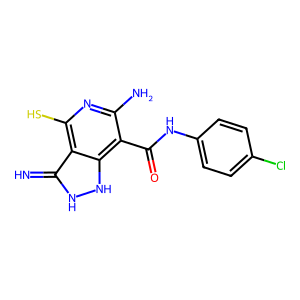
SMILES: N=c1[nH][nH]c2c(C(=O)Nc3ccc(Cl)cc3)c(N)nc(S)c12
Inhibits HIV replication: No